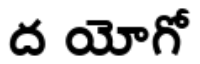
ద యోగో